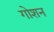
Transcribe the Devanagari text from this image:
गोशन